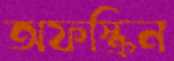
অফস্ক্রিন